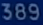
389